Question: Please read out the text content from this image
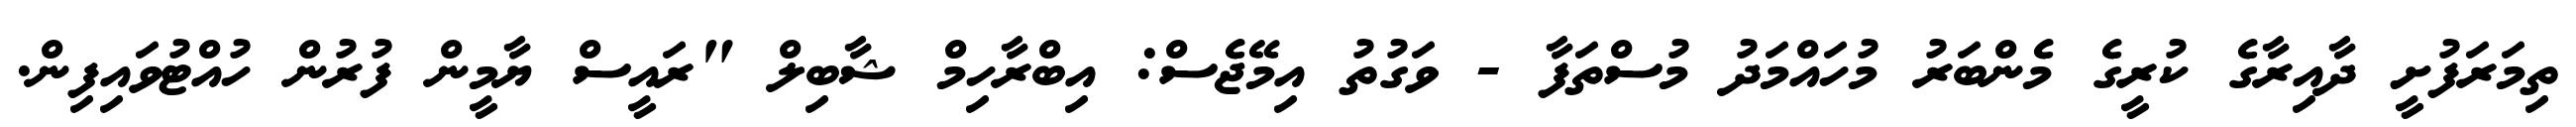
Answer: ތިމަރަފުށީ ދާއިރާގެ ކުރީގެ މެންބަރު މުހައްމަދު މުސްތަފާ - ވަގުތު އިމޭޖެސް: އިބްރާހިމް ޝާބިލް "ރައީސް ޔާމީން ފުރުން ހުއްޓުވައިފިން.